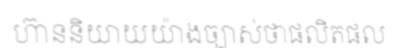
ហ៊ាននិយាយយ៉ាងច្បាស់ថាផលិតផល